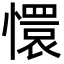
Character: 懁